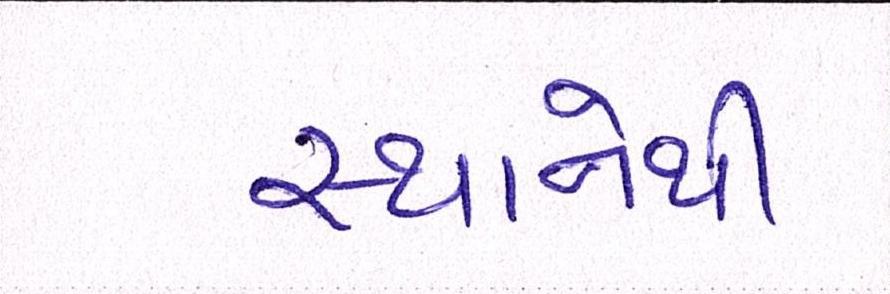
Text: સ્થાનેથી